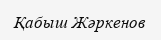
Қабыш Жәркенов